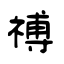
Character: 禣